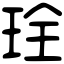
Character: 㻇